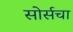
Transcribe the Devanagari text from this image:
सोर्सचा